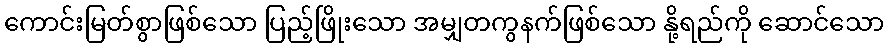
ကောင်းမြတ်စွာဖြစ်သော ပြည့်ဖြိုးသော အမျှတကွနက်ဖြစ်သော နို့ရည်ကို ဆောင်သော